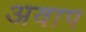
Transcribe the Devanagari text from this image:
अवाप